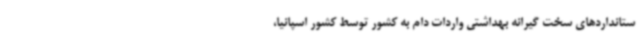
ستانداردهای سخت گیرانه بهداشتی واردات دام به کشور توسط کشور اسپانیا،